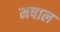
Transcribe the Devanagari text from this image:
मषाल